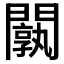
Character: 𨶝